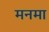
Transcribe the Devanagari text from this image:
मनमा